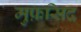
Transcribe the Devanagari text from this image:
मुफ़सिद